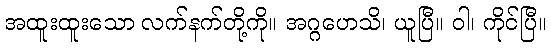
အထူးထူးသော လက်နက်တို့ကို။ အဂ္ဂဟေသိ၊ ယူပြီ။ ဝါ၊ ကိုင်ပြီ။